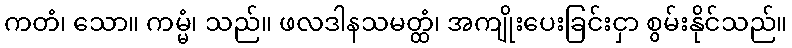
ကတံ၊ သော။ ကမ္မံ၊ သည်။ ဖလဒါနသမတ္ထံ၊ အကျိုးပေးခြင်းငှာ စွမ်းနိုင်သည်။